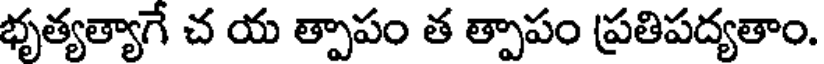
భృత్యత్యాగే చ య త్పాపం త త్పాపం ప్రతిపద్యతాం.